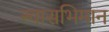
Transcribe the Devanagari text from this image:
स्वासभिमान